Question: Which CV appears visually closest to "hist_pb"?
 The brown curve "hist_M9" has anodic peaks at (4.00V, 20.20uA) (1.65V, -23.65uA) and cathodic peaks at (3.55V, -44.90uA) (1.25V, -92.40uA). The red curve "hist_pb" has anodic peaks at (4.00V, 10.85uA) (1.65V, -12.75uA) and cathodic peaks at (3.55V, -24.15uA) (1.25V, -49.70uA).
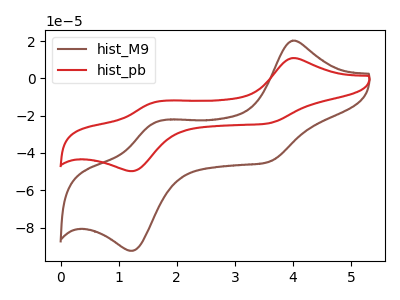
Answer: <think>All the peaks in "hist_M9" have a peak in "hist_pb" at the same potential.
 </think>
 <answer>The CV with the most similar shape to "hist_M9" is "hist_pb".</answer>
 <eval>"hist_pb"</eval>